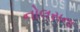
નોલસના